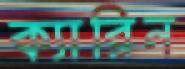
ক্যারিন